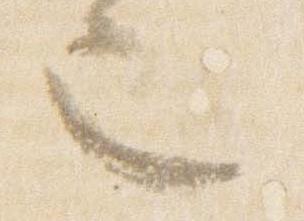
也